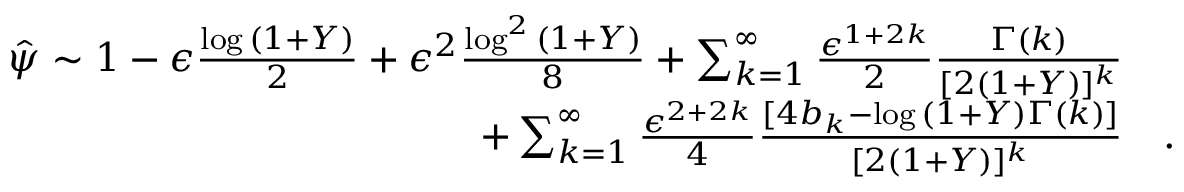
\begin{array} { r l } { \hat { \psi } \sim 1 - \epsilon \frac { \log { ( 1 + Y ) } } { 2 } + \epsilon ^ { 2 } \frac { \log ^ { 2 } { ( 1 + Y ) } } { 8 } + \sum _ { k = 1 } ^ { \infty } \frac { \epsilon ^ { 1 + 2 k } } { 2 } \frac { \Gamma ( k ) } { [ 2 ( 1 + Y ) ] ^ { k } } } & { } \\ { + \sum _ { k = 1 } ^ { \infty } \frac { \epsilon ^ { 2 + 2 k } } { 4 } \frac { [ 4 b _ { k } - \log { ( 1 + Y ) } \Gamma ( k ) ] } { [ 2 ( 1 + Y ) ] ^ { k } } } & { . } \end{array}